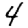
Digit: 4